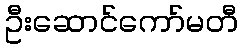
ဦးဆောင်ကော်မတီ